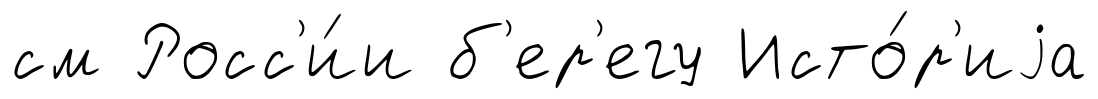
см Росс'и́и б'ер'егу Исто́р'иjа